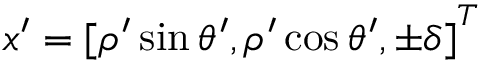
{ \boldsymbol { x } } ^ { \prime } = { [ \rho ^ { \prime } \sin \theta ^ { \prime } , \rho ^ { \prime } \cos \theta ^ { \prime } , \pm \delta ] } ^ { T }